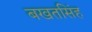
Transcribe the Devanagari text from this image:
बखतसिंह